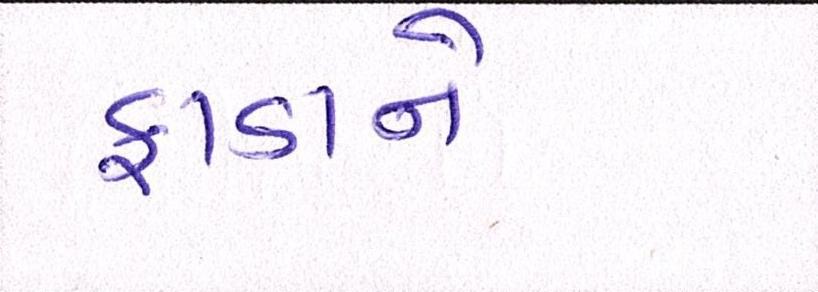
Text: ફાડાને